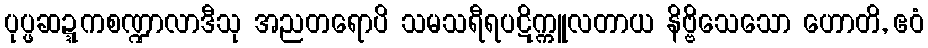
ပုပ္ဖဆဍ္ဍကစဏ္ဍာလာဒီသု အညတရောပိ သမသရီရပဋိက္ကူလတာယ နိဗ္ဗိသေသော ဟောတိ, ဧဝံ